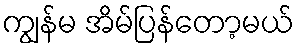
ကျွန်မ အိမ်ပြန်တော့မယ်